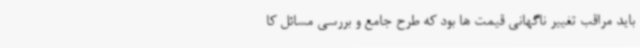
باید مراقب تغییر ناگهانی قیمت ها بود که طرح جامع و بررسی مسائل کا